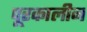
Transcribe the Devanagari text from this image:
पूरकालीन